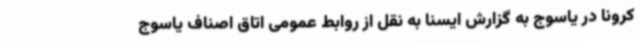
کرونا در یاسوج به گزارش ایسنا به نقل از روابط عمومی اتاق اصناف یاسوج